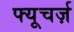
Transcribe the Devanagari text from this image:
फ्यूचर्ज़